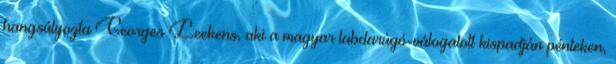
hangsúlyozta Georges Leekens, aki a magyar labdarúgó-válogatott kispadján pénteken,